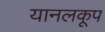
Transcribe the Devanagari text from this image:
यानलकूप